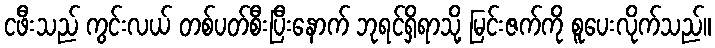
ငဖီးသည် ကွင်းလယ် တစ်ပတ်စီးပြီးနောက် ဘုရင်ရှိရာသို့ မြင်းဇက်ကို စူပေးလိုက်သည်။